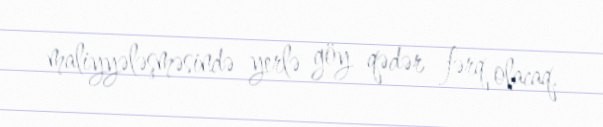
maliyyələşməsində yerlə göy qədər fərq olacaq.